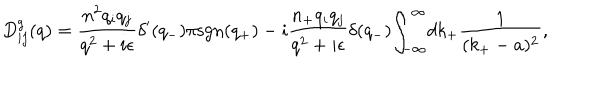
LaTeX: D _ { i j } ^ { g } ( q ) = \frac { n ^ { 2 } q _ { i } q _ { j } } { q ^ { 2 } + i { \epsilon } } { \delta } ^ { \prime } ( q _ { - } ) { \pi } \mathrm { s g n } ( q _ { + } ) - i \frac { n _ { + } q _ { i } q _ { j } } { q ^ { 2 } + i { \epsilon } } { \delta } ( q _ { - } ) { \int } _ { - \infty } ^ { \infty } d k _ { + } \frac { 1 } { ( k _ { + } - a ) ^ { 2 } } ,